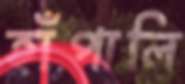
হাঁপালি